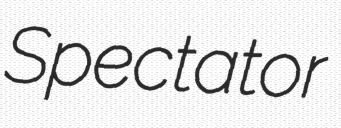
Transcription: Spectator